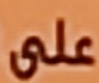
على